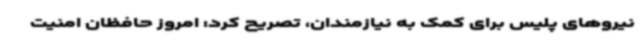
نیروهای پلیس برای کمک به نیازمندان، تصریح کرد: امروز حافظان امنیت